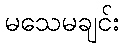
မသေမချင်း